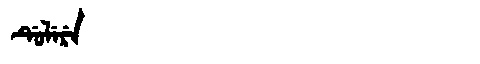
Manchu: ᡩᡠᠯᡝᡵᡝ
Romanization: DULERE